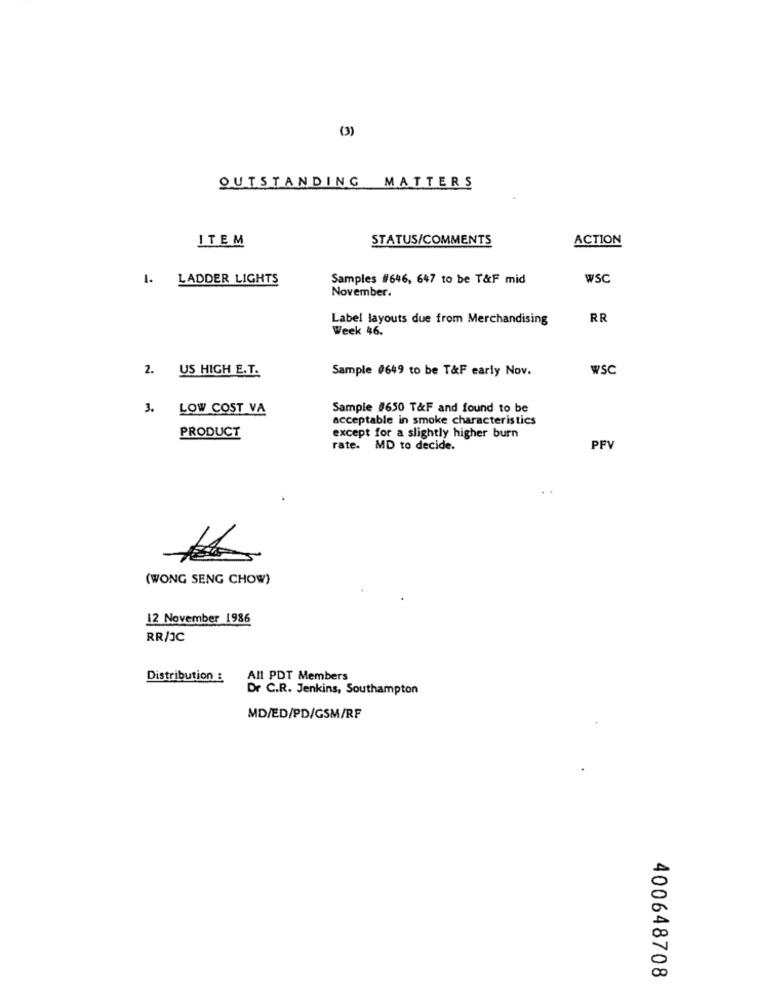
(3)
OUTSTANDING MATTERS
ITEM
STATUS/COMMENTS
ACTION
1. LADDER LIGHTS
Samples #646, 647 to be T&F mid
WSC
November.
Label layouts due from Merchandising
RR
Week 46.
2. US HIGH E.T.
Sample #649 to be T&F early Nov.
WSC
3.
LOW COST VA
Sample #650 T&F and found to be
acceptable in smoke characteristics
PRODUCT
except for a slightly higher burn
rate. MD to decide.
PFV
(WONG SENG CHOW)
12 November 1986
RR/JC
Distribution :
All PDT Members
Dr C.R. Jenkins, Southampton
MD/ED/PD/GSM/RF
400648708